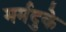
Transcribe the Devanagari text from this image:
मर्मदुके